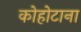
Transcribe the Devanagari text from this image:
कोहोटाना